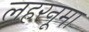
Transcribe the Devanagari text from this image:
लहरनूमा